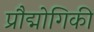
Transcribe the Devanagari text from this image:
प्रौद्मोगिकी